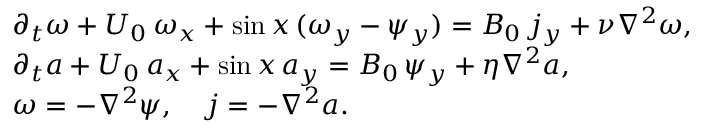
\begin{array} { r l } & { \partial _ { t } \omega + U _ { 0 } \, \omega _ { x } + \sin x \, ( \omega _ { y } - \psi _ { y } ) = B _ { 0 } \, j _ { y } + \nu \nabla ^ { 2 } \omega , } \\ & { \partial _ { t } a + U _ { 0 } \, a _ { x } + \sin x \, a _ { y } = B _ { 0 } \, \psi _ { y } + \eta \nabla ^ { 2 } a , } \\ & { \omega = - \nabla ^ { 2 } \psi , \quad j = - \nabla ^ { 2 } a . } \end{array}